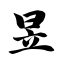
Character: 昱